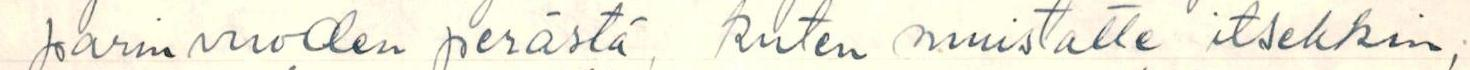
parin vuoden perästä, kuten muistatte itsekin,